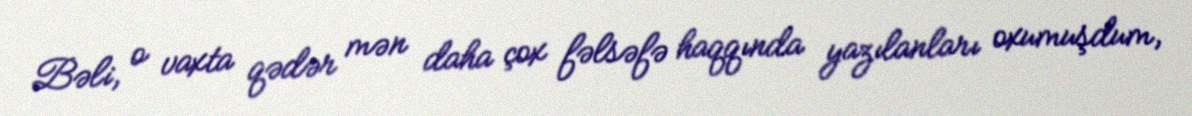
Bəli, o vaxta qədər mən daha çox fəlsəfə haqqında yazılanları oxumuşdum,